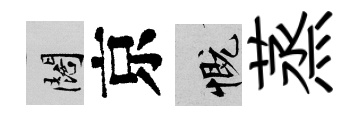
闊京慨蒸